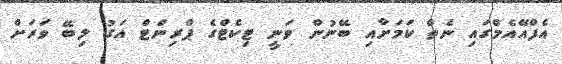
އެފްއޭއެމްގައި ނެތް ކަމަށާއި ބޭނުން ވަނީ ޓިކެޓްގެ ޕްރިންޓް އަގު ލިބޭ ވަރަށް